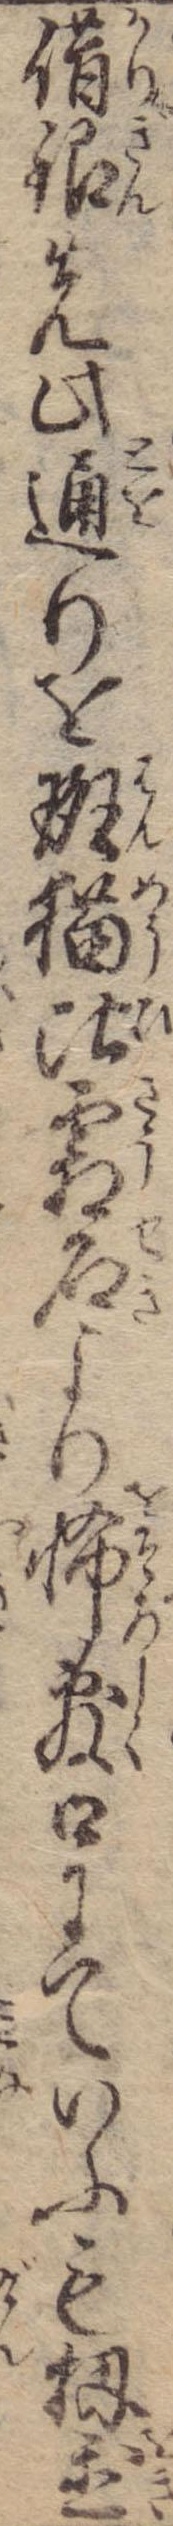
借銀先此通りを斑猫比霜石より怖敷口にていふも扨置